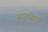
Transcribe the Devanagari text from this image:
बातयेगा